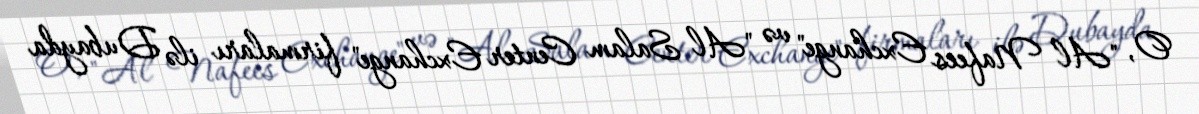
O, "Al Nafees Exchange" və "Al Salam Center Exchange" firmaları ilə Dubayda